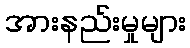
အားနည်းမှုများ